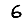
Digit: 6